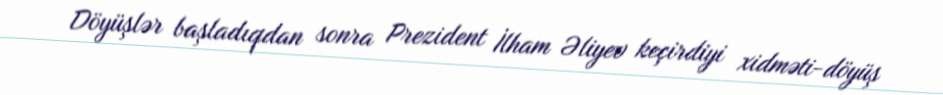
Döyüşlər başladıqdan sonra Prezident İlham Əliyev keçirdiyi xidməti-döyüş